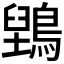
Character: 𮭇